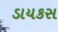
ડાયકસ